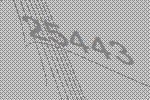
25443